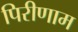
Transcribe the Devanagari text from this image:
पिरीणाम